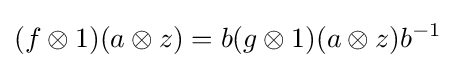
(f\otimes 1)(a\otimes z)=b(g\otimes 1)(a\otimes z)b^{-1}